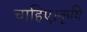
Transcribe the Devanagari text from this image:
चाहिए।कृषि